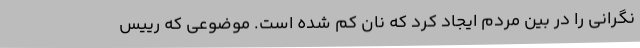
نگرانی را در بین مردم ایجاد کرد که نان کم شده است. موضوعی که رییس